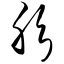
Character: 肜